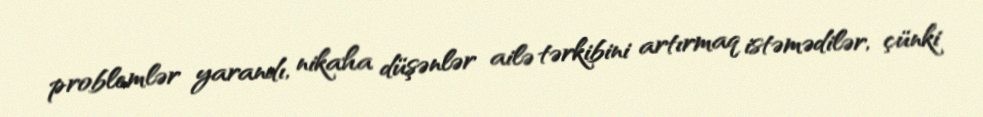
problemlər yarandı, nikaha düşənlər ailə tərkibini artırmaq istəmədilər, çünki